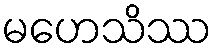
မဟေသိဿ